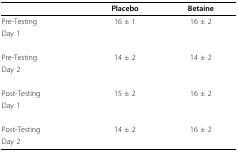
<table><thead><tr><td></td><td><b>Placebo</b></td><td><b>Betaine</b></td></tr></thead><tbody><tr><td>Pre-Testing</td><td>16 ± 1</td><td>16 ± 2</td></tr><tr><td>Day 1</td><td></td><td></td></tr><tr><td>Pre-Testing</td><td>14 ± 2</td><td>14 ± 2</td></tr><tr><td>Day 2</td><td></td><td></td></tr><tr><td>Post-Testing</td><td>15 ± 2</td><td>16 ± 2</td></tr><tr><td>Day 1</td><td></td><td></td></tr><tr><td>Post-Testing</td><td>14 ± 2</td><td>16 ± 2</td></tr><tr><td>Day 2</td><td></td><td></td></tr></tbody></table>